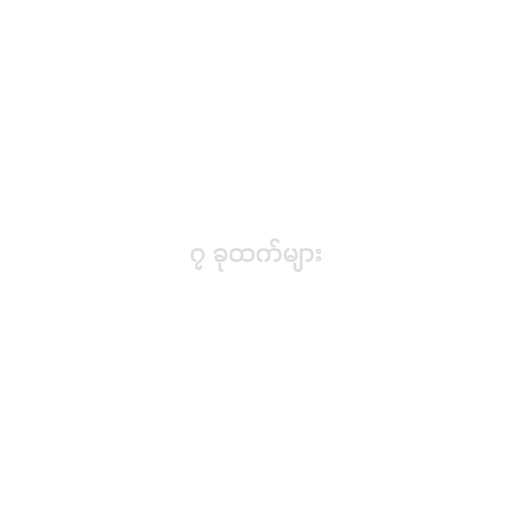
၇ ခုထက်များ